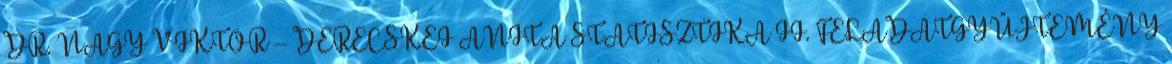
DR. NAGY VIKTOR – DERECSKEI ANITA STATISZTIKA II. FELADATGYŰJTEMÉNY